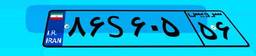
۵۷S۲۷۷۹۳